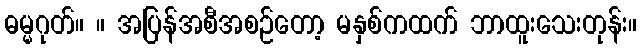
ဓမ္မဂုတ်။ ။ အပြန်အစီအစဉ်တော့ မနှစ်ကထက် ဘာထူးသေးတုန်း။